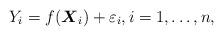
LaTeX: \begin{align*}Y_i=f(\boldsymbol{X}_i)+\varepsilon_i,i=1,\dotsc,n,\end{align*}